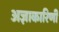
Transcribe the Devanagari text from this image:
अज्ञाकारिणी